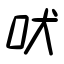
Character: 吠